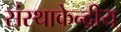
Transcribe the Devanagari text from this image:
संस्थाकेन्द्रीय